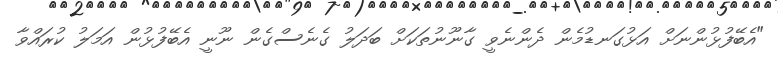
"އެބޭފުޅުންނަށް އަޅުގަނޑުމެން ދެންނެވީ ގާނޫނުތަކަށް ބަދަލު ގެނެސްގެން ނޫނީ އެބޭފުޅުން އަމަލު ކުރައްވާ